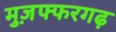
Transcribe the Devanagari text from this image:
मुज़फ्फरगढ़